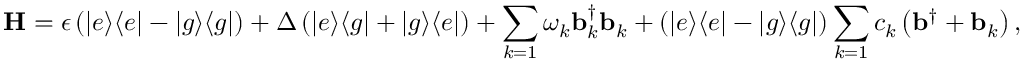
\mathbf { H } = \epsilon \left( | e \rangle \langle e | - | g \rangle \langle g | \right) + \Delta \left( | e \rangle \langle g | + | g \rangle \langle e | \right) + \sum _ { k = 1 } \omega _ { k } \mathbf { b } _ { k } ^ { \dagger } \mathbf { b } _ { k } + \left( | e \rangle \langle e | - | g \rangle \langle g | \right) \sum _ { k = 1 } c _ { k } \left( \mathbf { b } ^ { \dagger } + \mathbf { b } _ { k } \right) ,